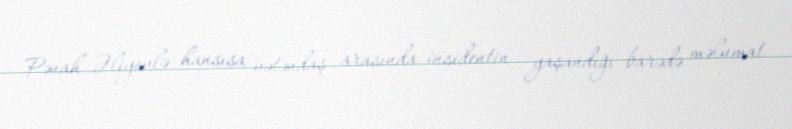
Pənah Əliyevlə hansısa vətəndaş arasında insidentin yaşandığı barədə məlumat